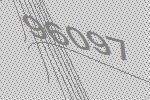
96097